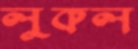
লুকল